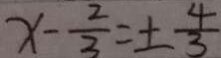
x - \frac { 2 } { 3 } = \pm \frac { 4 } { 3 }